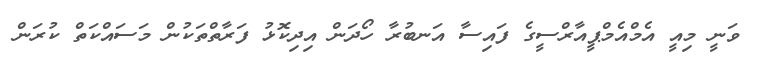
ވަނީ މިއީ އެމްއެމްޕީއާރްސީގެ ފައިސާ އަނބުރާ ހޯދަން އިދިކޮޅު ފަރާތްތަކުން މަސައްކަތް ކުރަން